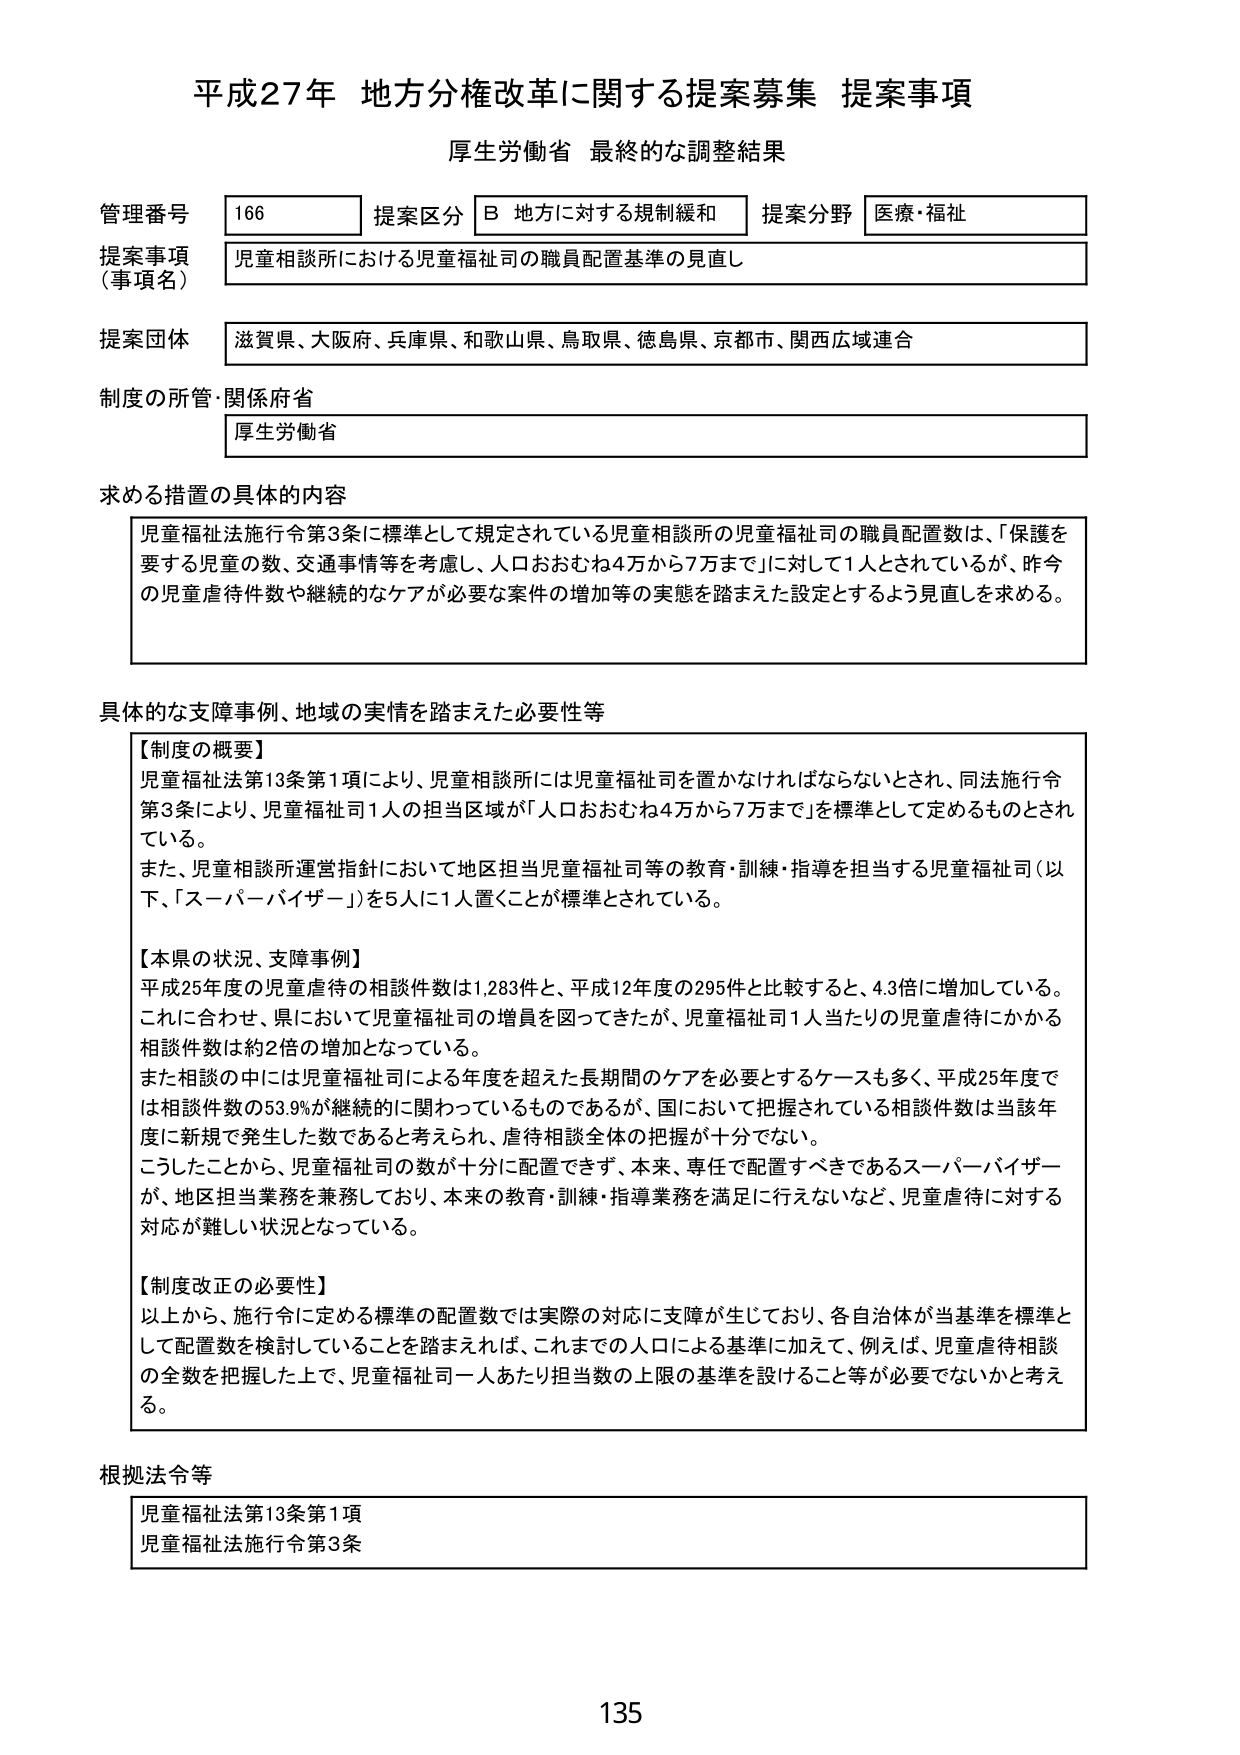
平成27年 地方分権改革に関する提案募集 提案事項
厚生労働省 最終的な調整結果

管理番号 166 提案区分 B 地方に対する規制緩和 提案分野 医療・福祉
提案事項（事項名） 児童相談所における児童福祉司の職員配置基準の見直し
提案団体 滋賀県、大阪府、兵庫県、和歌山県、鳥取県、徳島県、京都市、関西広域連合
制度の所管・関係府省 厚生労働省

求める措置の具体的内容
児童福祉法施行令第3条に標準として規定されている児童相談所の児童福祉司の職員配置数は、「保護を要する児童の数、交通事情等を考慮し、人口おおむね4万から7万まで」に対して1人とされているが、昨今の児童虐待件数や継続的なケアが必要な案件の増加等の実態を踏まえた設定とするよう見直しを求める。

具体的な支障事例、地域の実情を踏まえた必要性等
【制度の概要】
児童福祉法第13条第1項により、児童相談所には児童福祉司を置かなければならないとされ、同法施行令第3条により、児童福祉司1人の担当区域が「人口おおむね4万から7万まで」を標準として定めるものとされている。
また、児童相談所運営指針において地区担当児童福祉司等の教育・訓練・指導を担当する児童福祉司（以下、「スーパーバイザー」）を5人に1人置くことが標準とされている。

【本県の状況、支障事例】
平成25年度の児童虐待の相談件数は1,283件と、平成12年度の295件と比較すると、4.3倍に増加している。これに合わせ、県において児童福祉司の増員を図ってきたが、児童福祉司1人当たりの児童虐待にかかる相談件数は約2倍の増加となっている。
また相談の中には児童福祉司による年度を超えた長期間のケアを必要とするケースも多く、平成25年度では相談件数の53.9％が継続的に関わっているものであるが、国において把握されている相談件数は当該年度に新規で発生した数であると考えられ、虐待相談全体の把握が十分でない。
こうしたことから、児童福祉司の数が十分に配置できず、本来、専任で配置すべきであるスーパーバイザーが、地区担当業務を兼務しており、本来の教育・訓練・指導業務を満足に行えないなど、児童虐待に対する対応が難しい状況となっている。

【制度改正の必要性】
以上から、施行令に定める標準の配置数では実際の対応に支障が生じており、各自治体が当基準を標準として配置数を検討していることを踏まえれば、これまでの人口による基準に加えて、例えば、児童虐待相談の全数を把握した上で、児童福祉司一人あたり担当数の上限の基準を設けること等が必要でないかと考える。

根拠法令等
児童福祉法第13条第1項
児童福祉法施行令第3条

135